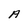
Character: A